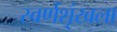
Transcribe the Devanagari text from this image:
स्वर्णशृंखला